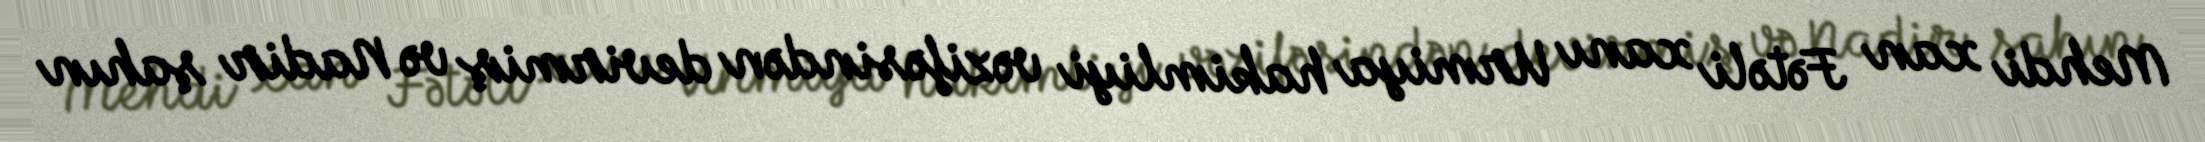
Mehdi xan Fətəli xanı Urmiya hakimliyi vəzifəsindən devirmiş və Nadir şahın